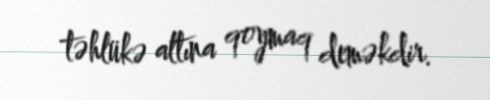
təhlükə altına qoymaq deməkdir.